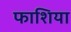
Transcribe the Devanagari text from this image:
फाशिया